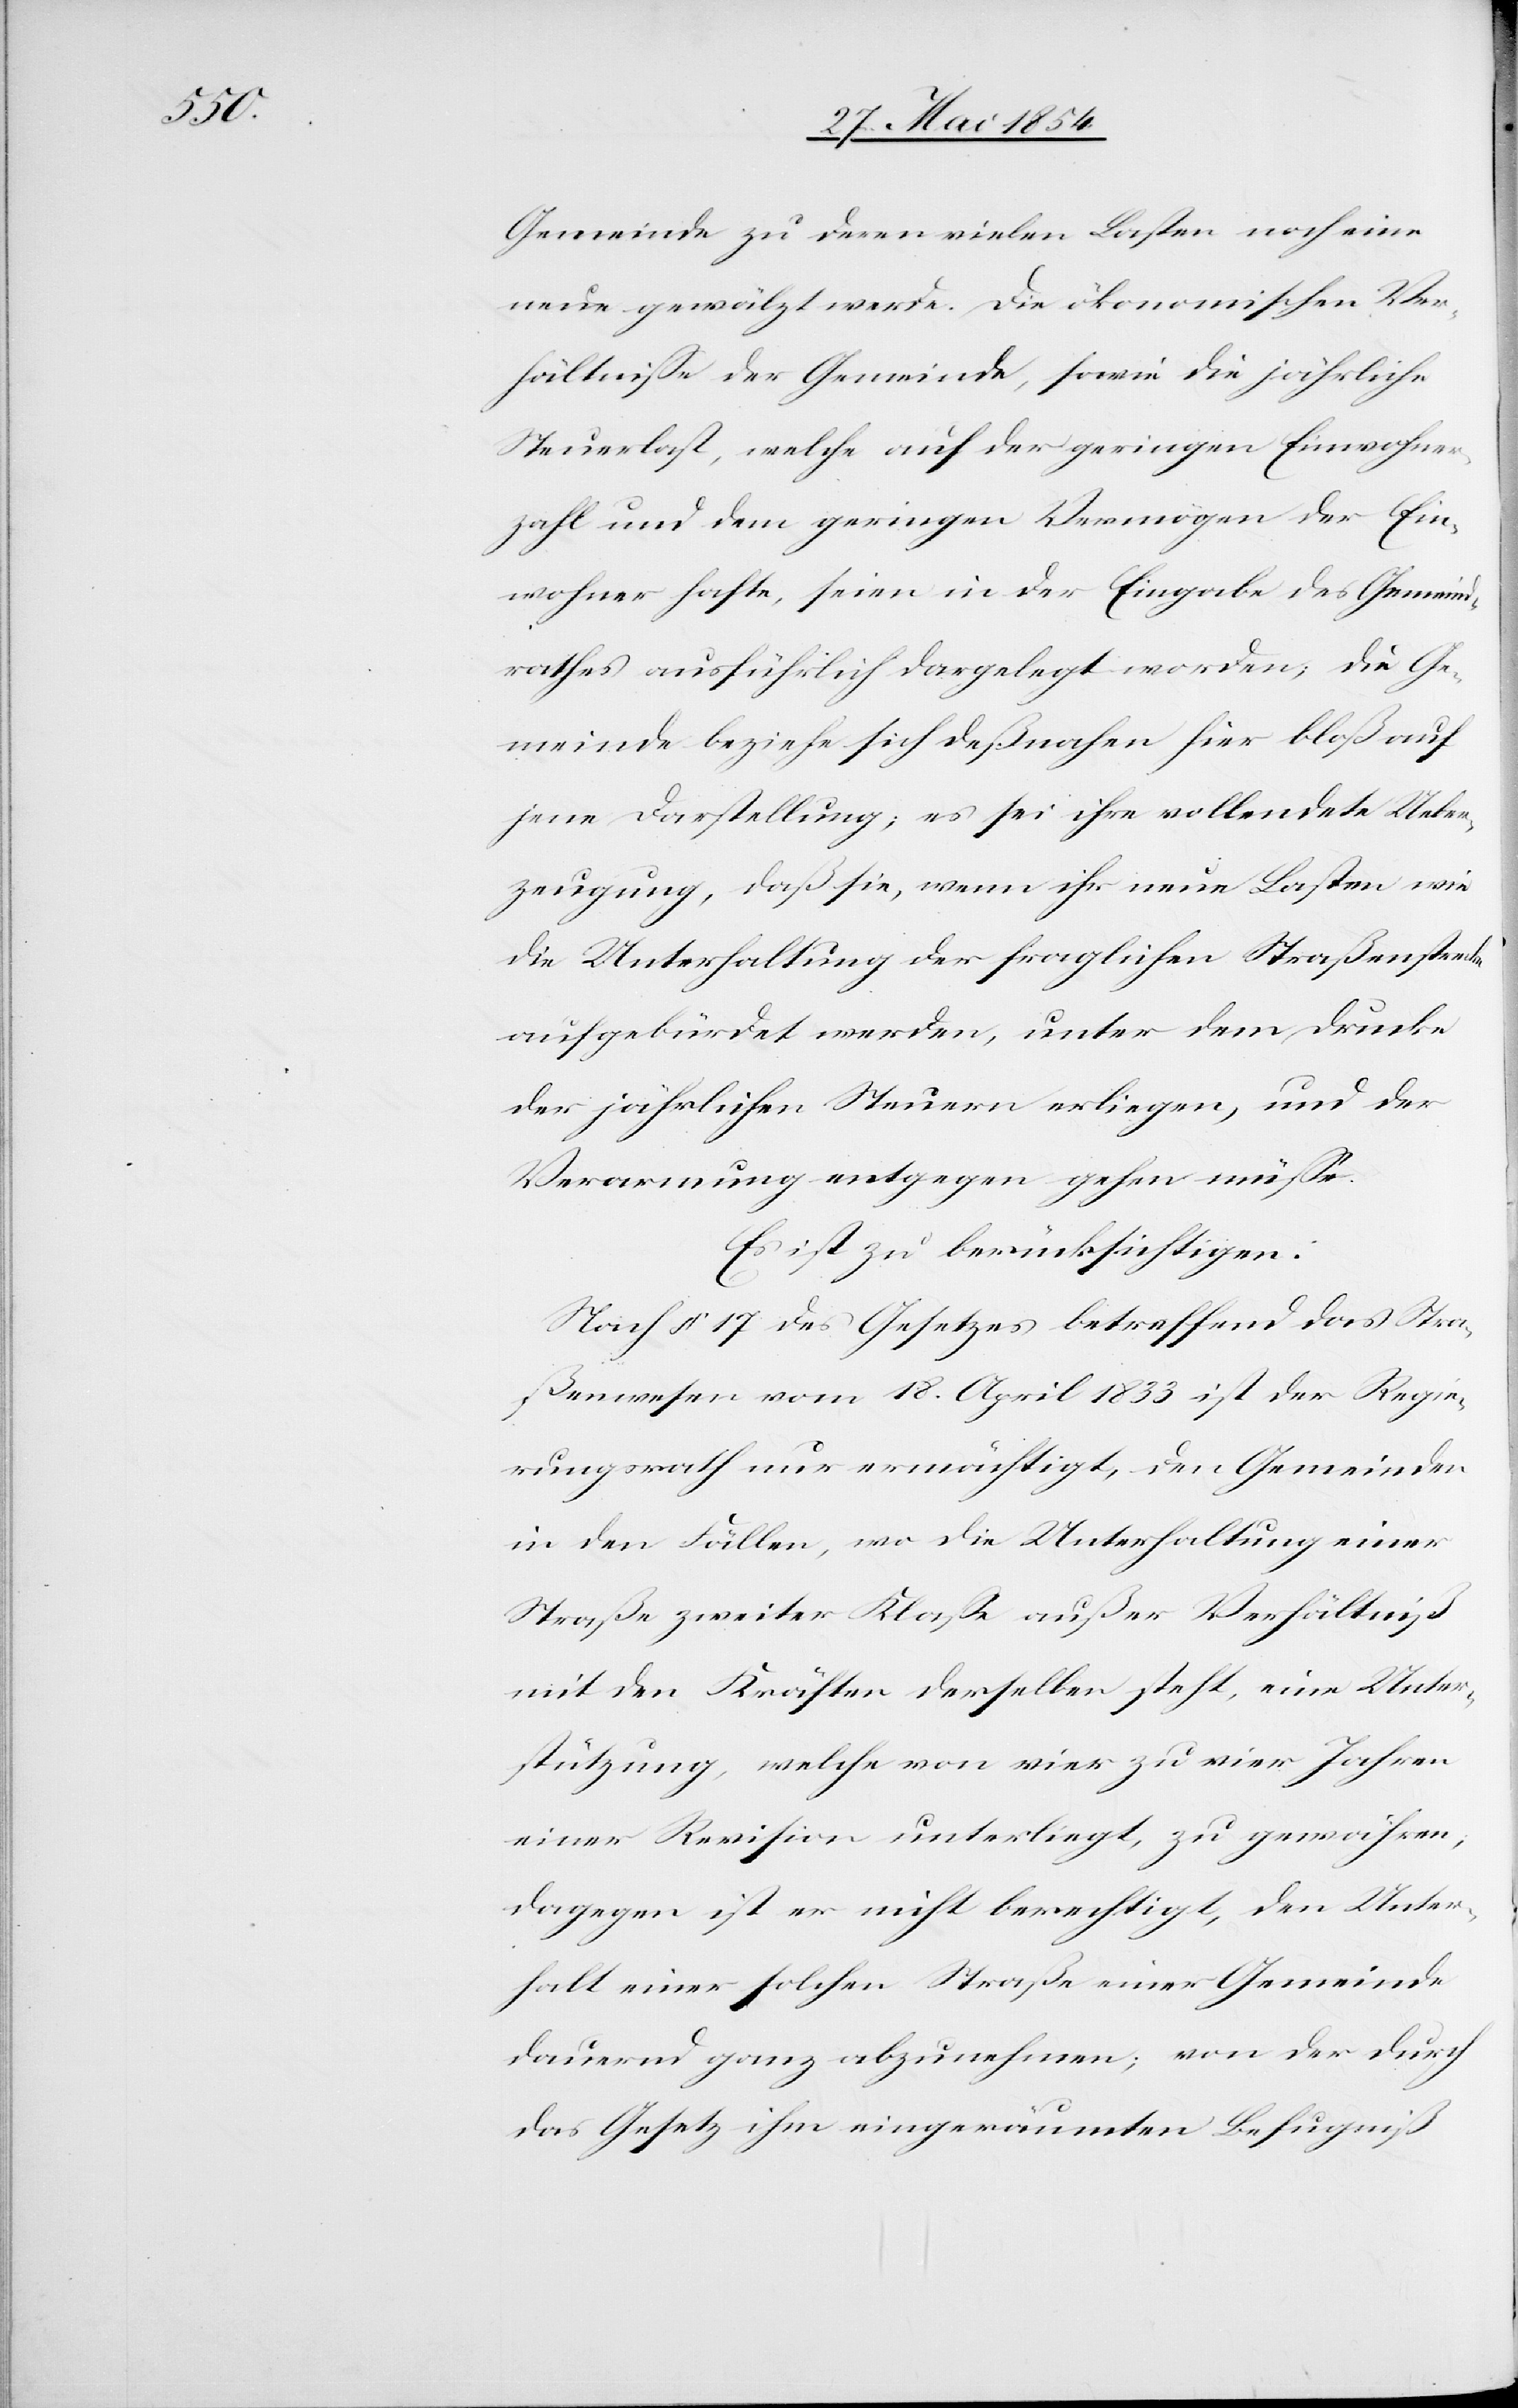
Gemeinde zu deren vielen Lasten noch eine
neue gewälzt werde. Die ökonomischen Ver¬
hältniße der Gemeinde, sowie die jährliche
Steuerlast, welche auf der geringen Einwohner¬
zahl und dem geringen Vermögen der Ein¬
wohner hafte, seien in der Eingabe des Gemeind¬
rathes ausführlich dargelegt worden; die Ge¬
meinde beziehe sich deßnahen hier bloß auf
jene Darstellung; es sei ihre vollendete Ueber¬
zeugung, daß sie, wenn ihr neue Lasten wie
die Unterhaltung der fraglichen Straßenstrecke
aufgebürdet werden, unter dem Drucke
der jährlichen Steuern erliegen, und der
Verarmung entgegen gehen müße.
Es ist zu berücksichtigen:
Nach § 17 des Gesetzes betreffend das Stra¬
ßenwesen vom 18. April 1833 ist der Regie¬
rungsrath nur ermächtigt, den Gemeinden
in den Fällen, wo die Unterhaltung einer
Straße zweiter Klaße außer Verhältniß
mit den Kräften derselben steht, eine Unter¬
stützung, welche von vier zu vier Jahren
einer Revision unterliegt, zu gewähren;
dagegen ist er nicht berechtigt, den Unter¬
halt einer solchen Straße einer Gemeinde
dauernd ganz abzunehmen; von der durch
das Gesetz ihm eingeräumten Befugniß